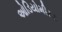
ઓડિયોમીટર